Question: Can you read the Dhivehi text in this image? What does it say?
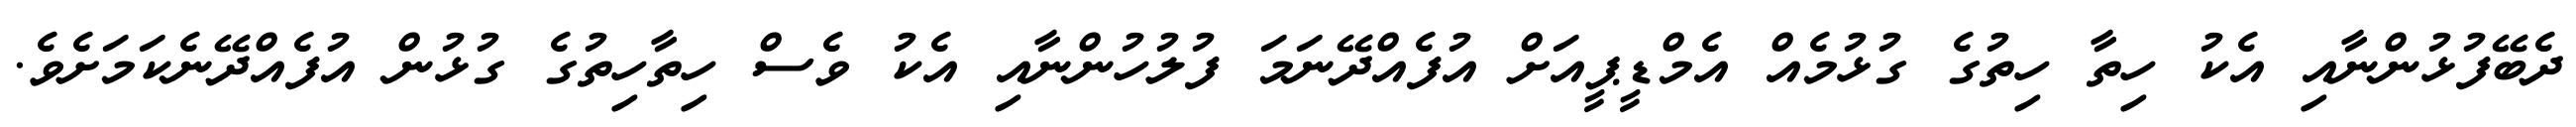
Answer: ދެބޭފުޅުންނާއި އެކު ހިތާ ހިތުގެ ގުޅުމެއް އެމްޑީޕީއަށް އުފެއްދޭނަމަ ފުލުހުންނާއި އެކު ވެސް ހިތާހިތުގެ ގުޅުން އުފެއްދޭނެކަމަށެވެ.